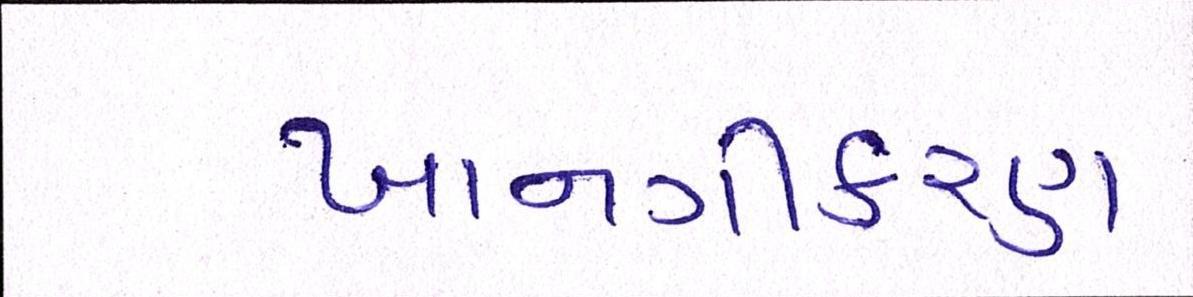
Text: ખાનગીકરણ